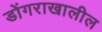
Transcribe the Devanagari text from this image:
डोंगराखालील